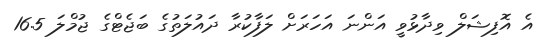
އެ އޮފިޝަލް ވިދާޅުވީ އަންނަ އަހަރަށް ލަފާކުރާ ދައުލަތުގެ ބަޖެޓްގެ ޖުމްލަ 16.5